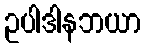
ဥပါဒါနဘယာ